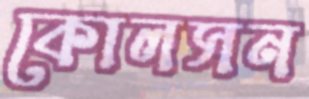
কোলসন